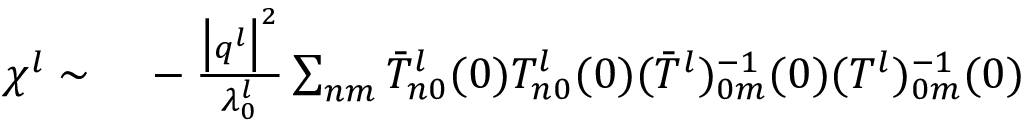
\begin{array} { r l } { \chi ^ { l } \sim } & { { } \, - \frac { \big \vert \boldsymbol { q } ^ { l } \big \vert ^ { 2 } } { \lambda _ { 0 } ^ { l } } \sum _ { n m } { \bar { T } _ { n 0 } ^ { l } ( 0 ) T _ { n 0 } ^ { l } ( 0 ) ( \bar { T } ^ { l } ) _ { 0 m } ^ { - 1 } ( 0 ) ( T ^ { l } ) _ { 0 m } ^ { - 1 } ( 0 ) } } \end{array}